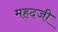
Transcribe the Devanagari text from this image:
महदजी